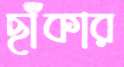
ছাঁকার